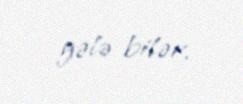
gələ bilər.